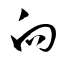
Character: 向